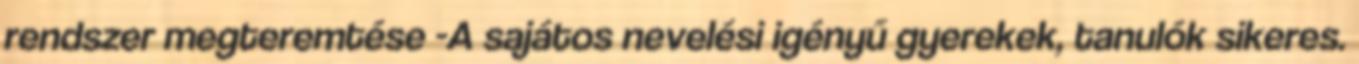
rendszer megteremtése -A sajátos nevelési igényű gyerekek, tanulók sikeres.